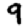
Digit: 9